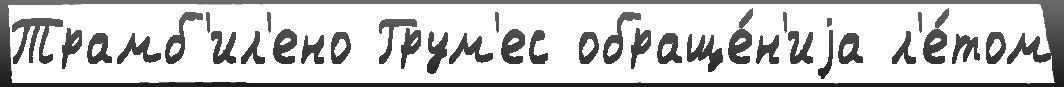
Трамб'ил'ено Грум'ес обраще́н'иjа л'е́том